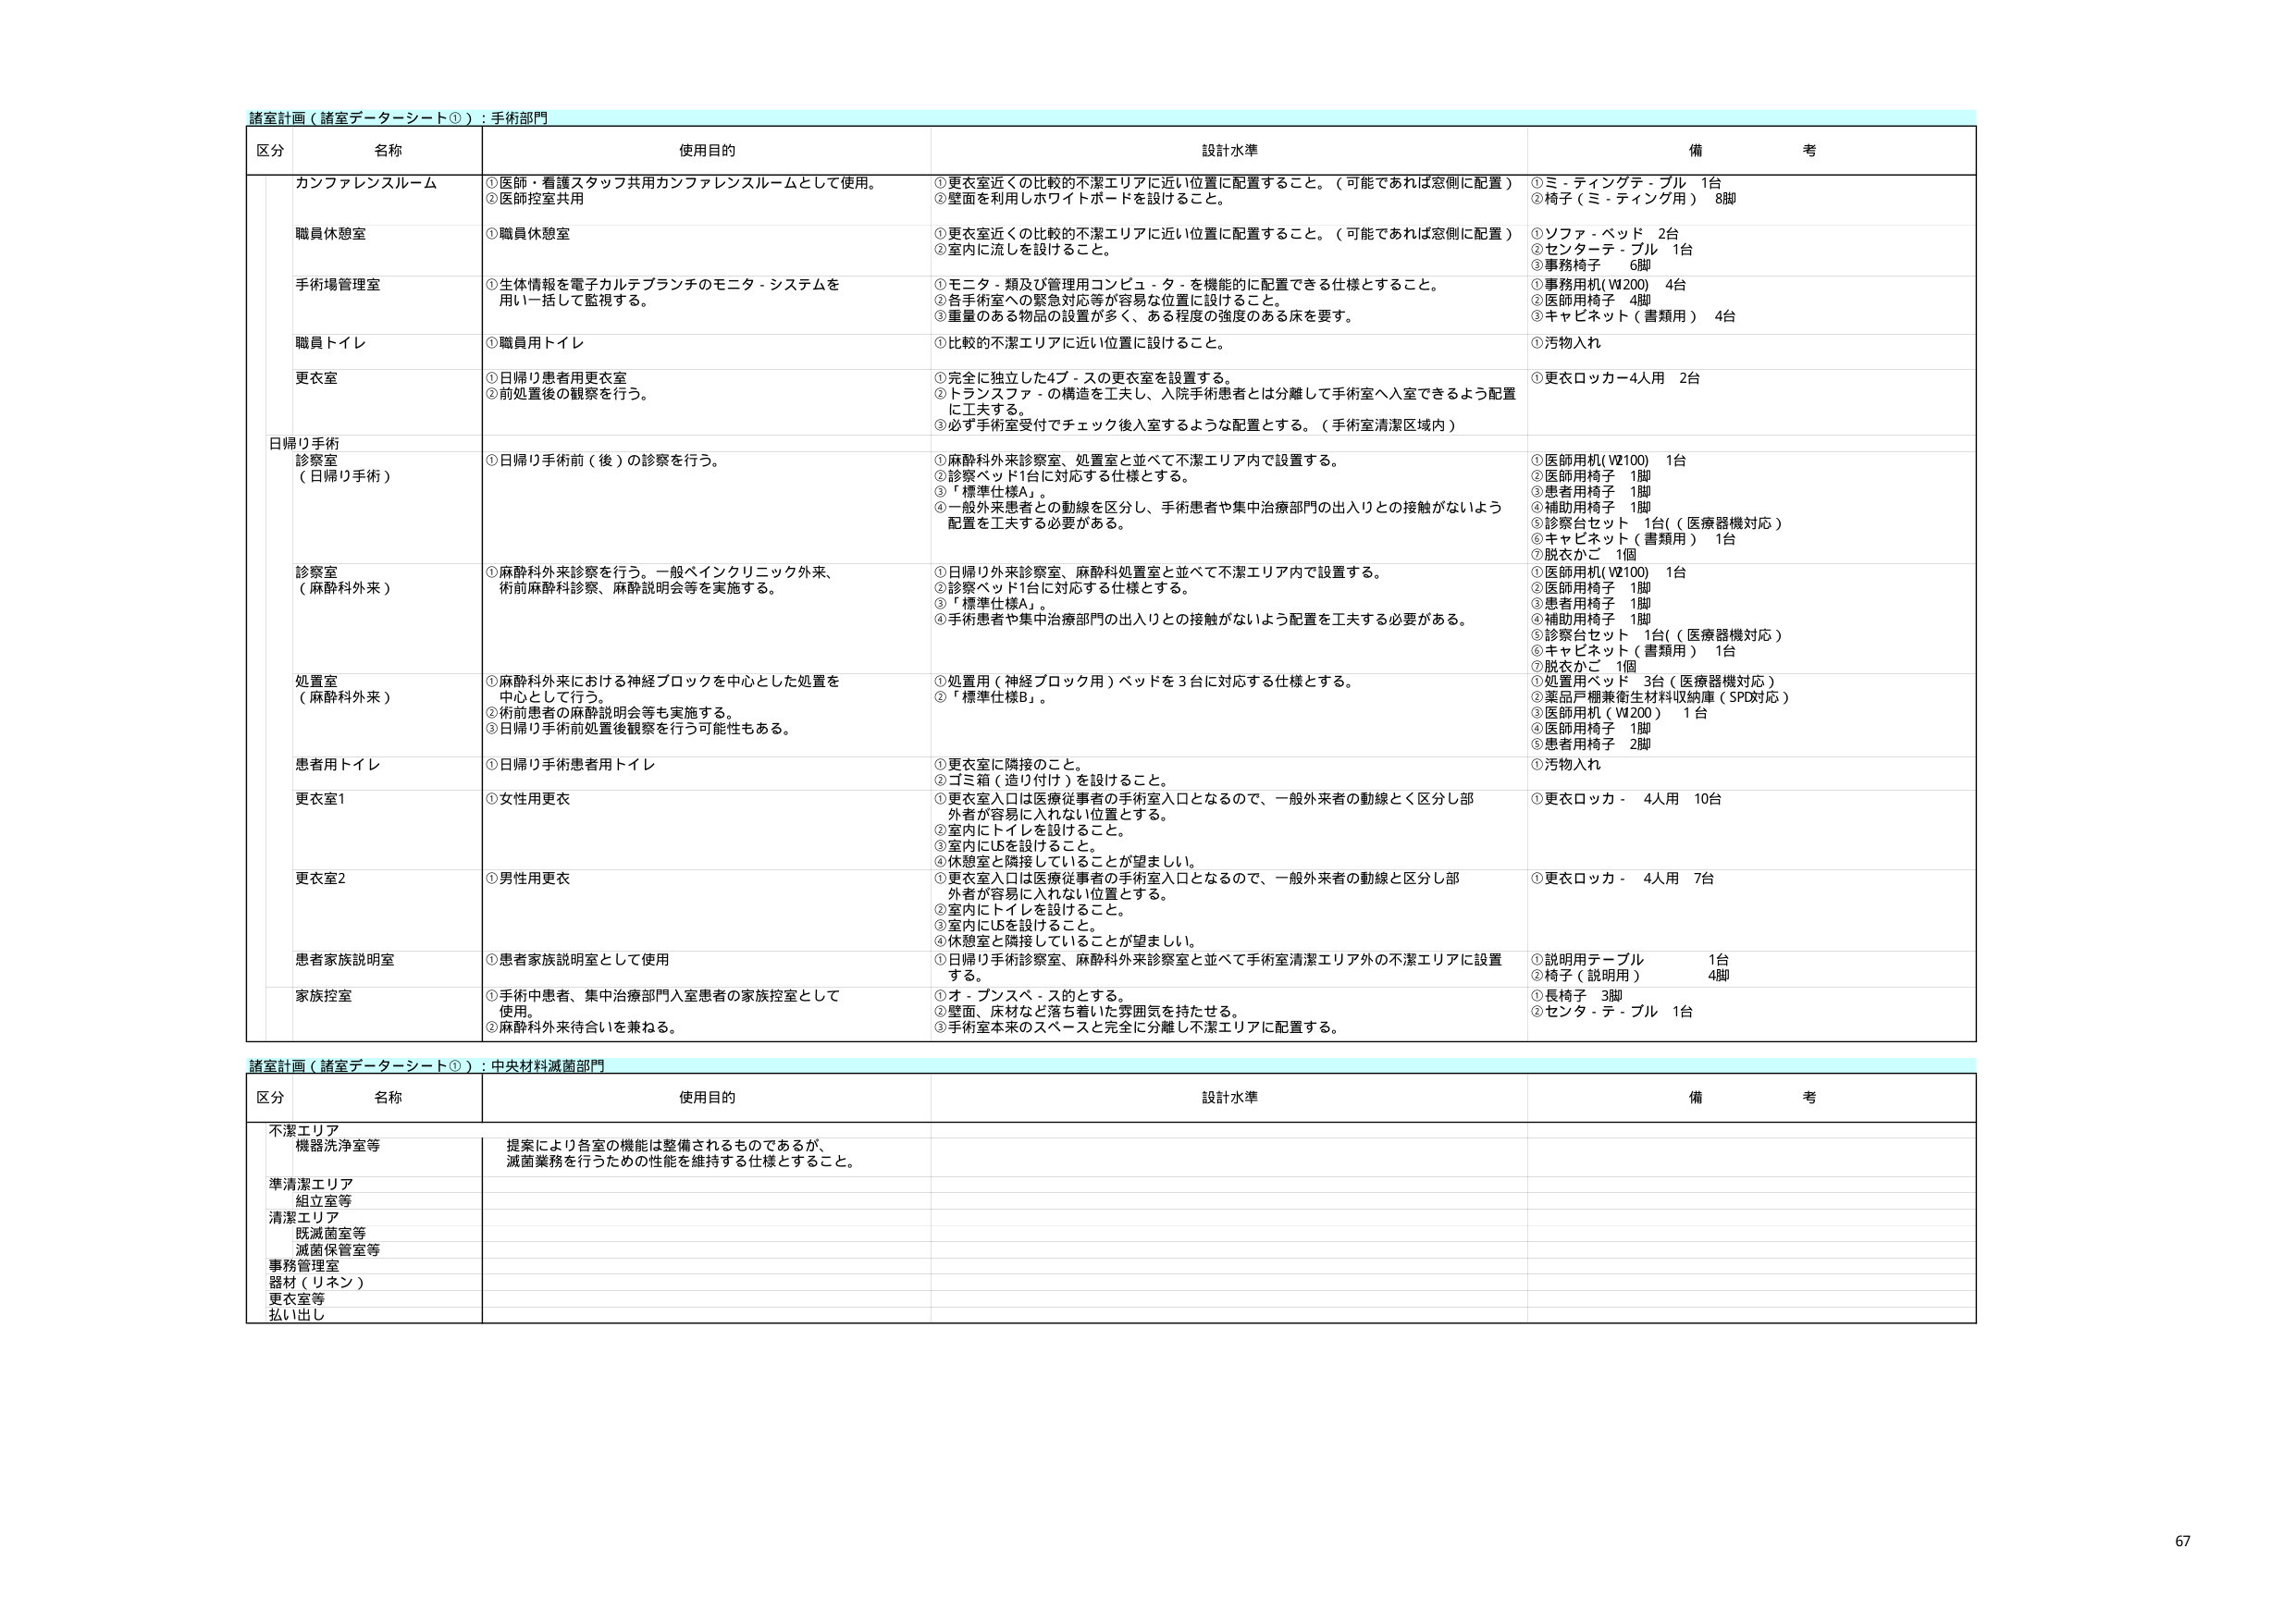
諸室計画（諸室データシート①）：手術部門

区分 名称 使用目的 設計水準 備考

カンファレンスルーム
①医師・看護スタッフ共用カンファレンスルームとして使用。
②医師控室共用
①更衣室近くの比較的不潔エリアに近い位置に配置すること。（可能であれば窓側に配置）
②壁面を利用しホワイトボードを設けること。
①ミーティングテーブル 1台
②椅子（ミーティング用） 8脚

職員休憩室
①職員休憩室
①更衣室近くの比較的不潔エリアに近い位置に配置すること。（可能であれば窓側に配置）
②室内に流しを設けること。
①ソファ・ベッド 2台
②センターテーブル 1台
③事務椅子 6脚

手術場管理室
①生体情報を電子カルテブランチのモニタ・システムを用い一括して監視する。
①モニタ・類及び管理用コンピュータを機能的に配置できる仕様とすること。
②各手術室への緊急対応等が容易な位置に設けること。
③重量のある物品の設置が多く、ある程度の強度のある床を要する。
①事務用机（W200） 4台
②医師用椅子 4脚
③キャビネット（書類用） 4台

職員トイレ
①職員用トイレ
①比較的不潔エリアに近い位置に設けること。
①汚物入れ

更衣室
①日帰り患者用更衣室
②前処置後の観察を行う。
①完全に独立した4ブースの更衣室を設置する。
②トランスファ・の構造を工夫し、入院手術患者とは分離して手術室へ入室できるよう配置に工夫する。
③必ず手術室受付でチェック後入室するような配置とする。（手術室清潔区域内）
①更衣ロッカー4人用 2台

日帰り手術診察室（日帰り手術）
①日帰り手術前（後）の診察を行う。
①麻酔科外来診察室、処置室と並べて不潔エリア内で設置する。
②診察ベッド1台に対応する仕様とする。
③「標準仕様A」。
④一般外来患者との動線を区分し、手術患者や集中治療部門の出入りとの接触がないよう配置を工夫する必要がある。
①医師用机（W2100） 1台
②医師用椅子 1脚
③患者用椅子 1脚
④補助用椅子 1脚
⑤診察台セット 1台（医療器機対応）
⑥キャビネット（書類用） 1台
⑦脱衣かご 1個

診察室（麻酔科外来）
①麻酔科外来診察を行う。一般ペインクリニック外来、術前麻酔科診察、麻酔説明会等を実施する。
①日帰り外来診察室、麻酔科処置室と並べて不潔エリア内で設置する。
②診察ベッド1台に対応する仕様とする。
③「標準仕様A」。
④手術患者や集中治療部門の出入りとの接触がないよう配置を工夫する必要がある。
①医師用机（W2100） 1台
②医師用椅子 1脚
③患者用椅子 1脚
④補助用椅子 1脚
⑤診察台セット 1台（医療器機対応）
⑥キャビネット（書類用） 1台
⑦脱衣かご 1個

処置室（麻酔科外来）
①麻酔科外来における神経ブロックを中心とした処置を中心として行う。
②術前患者の麻酔説明会等も実施する。
③日帰り手術前処置後観察を行う可能性もある。
①処置用（神経ブロック用）ベッドを3台に対応する仕様とする。
②「標準仕様B」。
①処置用ベッド 3台（医療器機対応）
②薬品戸棚兼衛生材料収納庫（SPD対応）
③医師用机（W2200） 1台
④医師用椅子 1脚
⑤患者用椅子 2脚

患者用トイレ
①日帰り手術患者用トイレ
①更衣室に隣接のこと。
②ゴミ箱（造り付け）を設けること。
①汚物入れ

更衣室1
①女性用更衣
①更衣室入口は医療従事者の手術室入口となるので、一般外来者の動線とく区分し部外者が容易に入れない位置とする。
②室内にトイレを設けること。
③室内にUBを設けること。
④休憩室と隣接していることが望ましい。
①更衣ロッカー 4人用 10台

更衣室2
①男性用更衣
①更衣室入口は医療従事者の手術室入口となるので、一般外来者の動線と区分し部外者が容易に入れない位置とする。
②室内にトイレを設けること。
③室内にUBを設けること。
④休憩室と隣接していることが望ましい。
①更衣ロッカー 4人用 7台

患者家族説明室
①患者家族説明室として使用
①日帰り手術診察室、麻酔科外来診察室と並べて手術室清潔エリア外の不潔エリアに設置する。
①説明用テーブル 1台
②椅子（説明用） 4脚

家族控室
①手術中患者、集中治療部門入室患者の家族控室として使用。
②麻酔科外来待合いを兼ねる。
①オープンスペースとする。
②壁面、床材など落ち着いた雰囲気を持たせる。
③手術室本来のスペースと完全に分離し不潔エリアに配置する。
①長椅子 3脚
②センターテーブル 1台

諸室計画（諸室データシート①）：中央材料滅菌部門

区分 名称 使用目的 設計水準 備考

不潔エリア
機器洗浄室等
提案により各室の機能は整備されるものであるが、滅菌業務を行うための性能を維持する仕様とすること。

準清潔エリア
組立室等

清潔エリア
既滅菌室等
滅菌保管室等

事務管理室
器材（リネン）
更衣室等
払い出し

67